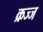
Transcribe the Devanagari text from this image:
क्रज्ज